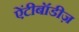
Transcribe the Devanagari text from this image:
ऐंटीबॉडीज़